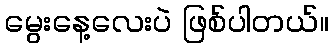
မွေးနေ့လေးပဲ ဖြစ်ပါတယ်။